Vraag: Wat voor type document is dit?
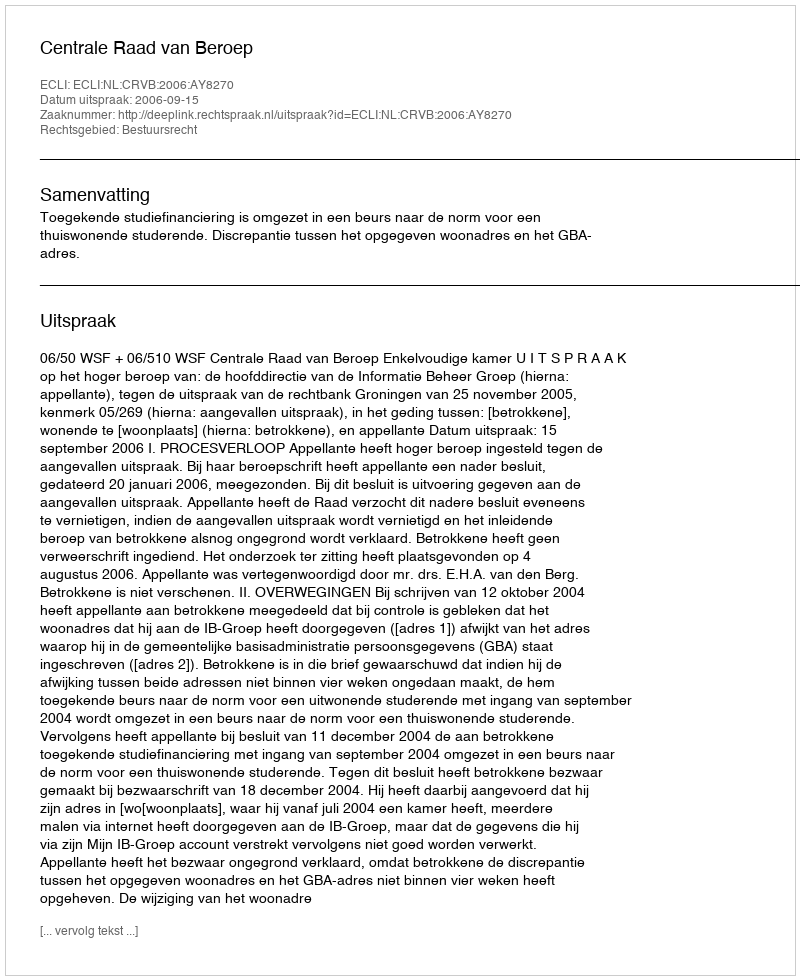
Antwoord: Uitspraak